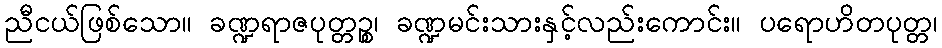
ညီငယ်ဖြစ်သော။ ခဏ္ဍရာဇပုတ္တဉ္စ၊ ခဏ္ဍမင်းသားနှင့်လည်းကောင်း။ ပရောဟိတပုတ္တ၊